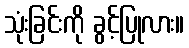
သုံးခြင်းကို ခွင့်ပြုလား။